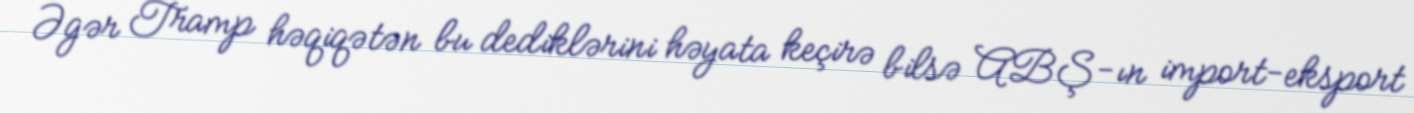
Əgər Tramp həqiqətən bu dediklərini həyata keçirə bilsə ABŞ-ın import-eksport